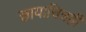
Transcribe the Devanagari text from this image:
छायाचित्रही